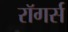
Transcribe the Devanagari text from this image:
रॉगर्स